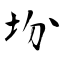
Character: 坋